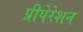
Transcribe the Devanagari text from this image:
प्रीपेरेशन